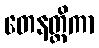
တေနတ္ထိကာ